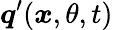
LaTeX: \boldsymbol{q}^{\prime}(\boldsymbol{x},\theta,t)